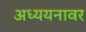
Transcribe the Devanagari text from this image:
अध्ययनावर